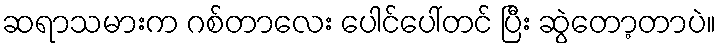
ဆရာသမားက ဂစ်တာလေး ပေါင်ပေါ်တင် ပြီး ဆွဲတော့တာပဲ။